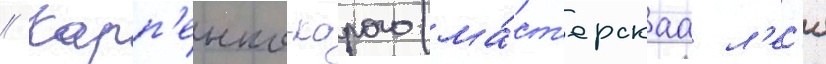
// Карп'енко-карого (ма́ст'ерскаа л'ес'я